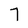
Character: 7